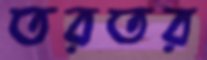
তরতর